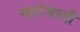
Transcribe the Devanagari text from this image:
ग्वाटेमाली